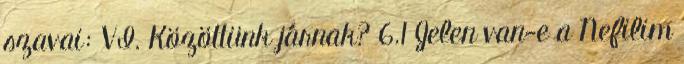
szavai: VI. Közöttünk járnak? 6.1 Jelen van-e a Nefilim